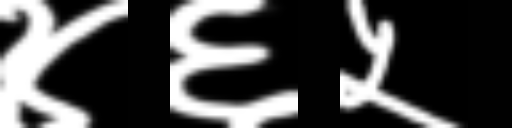
Text: ४६५